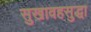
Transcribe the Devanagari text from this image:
सुखावहसुद्धा